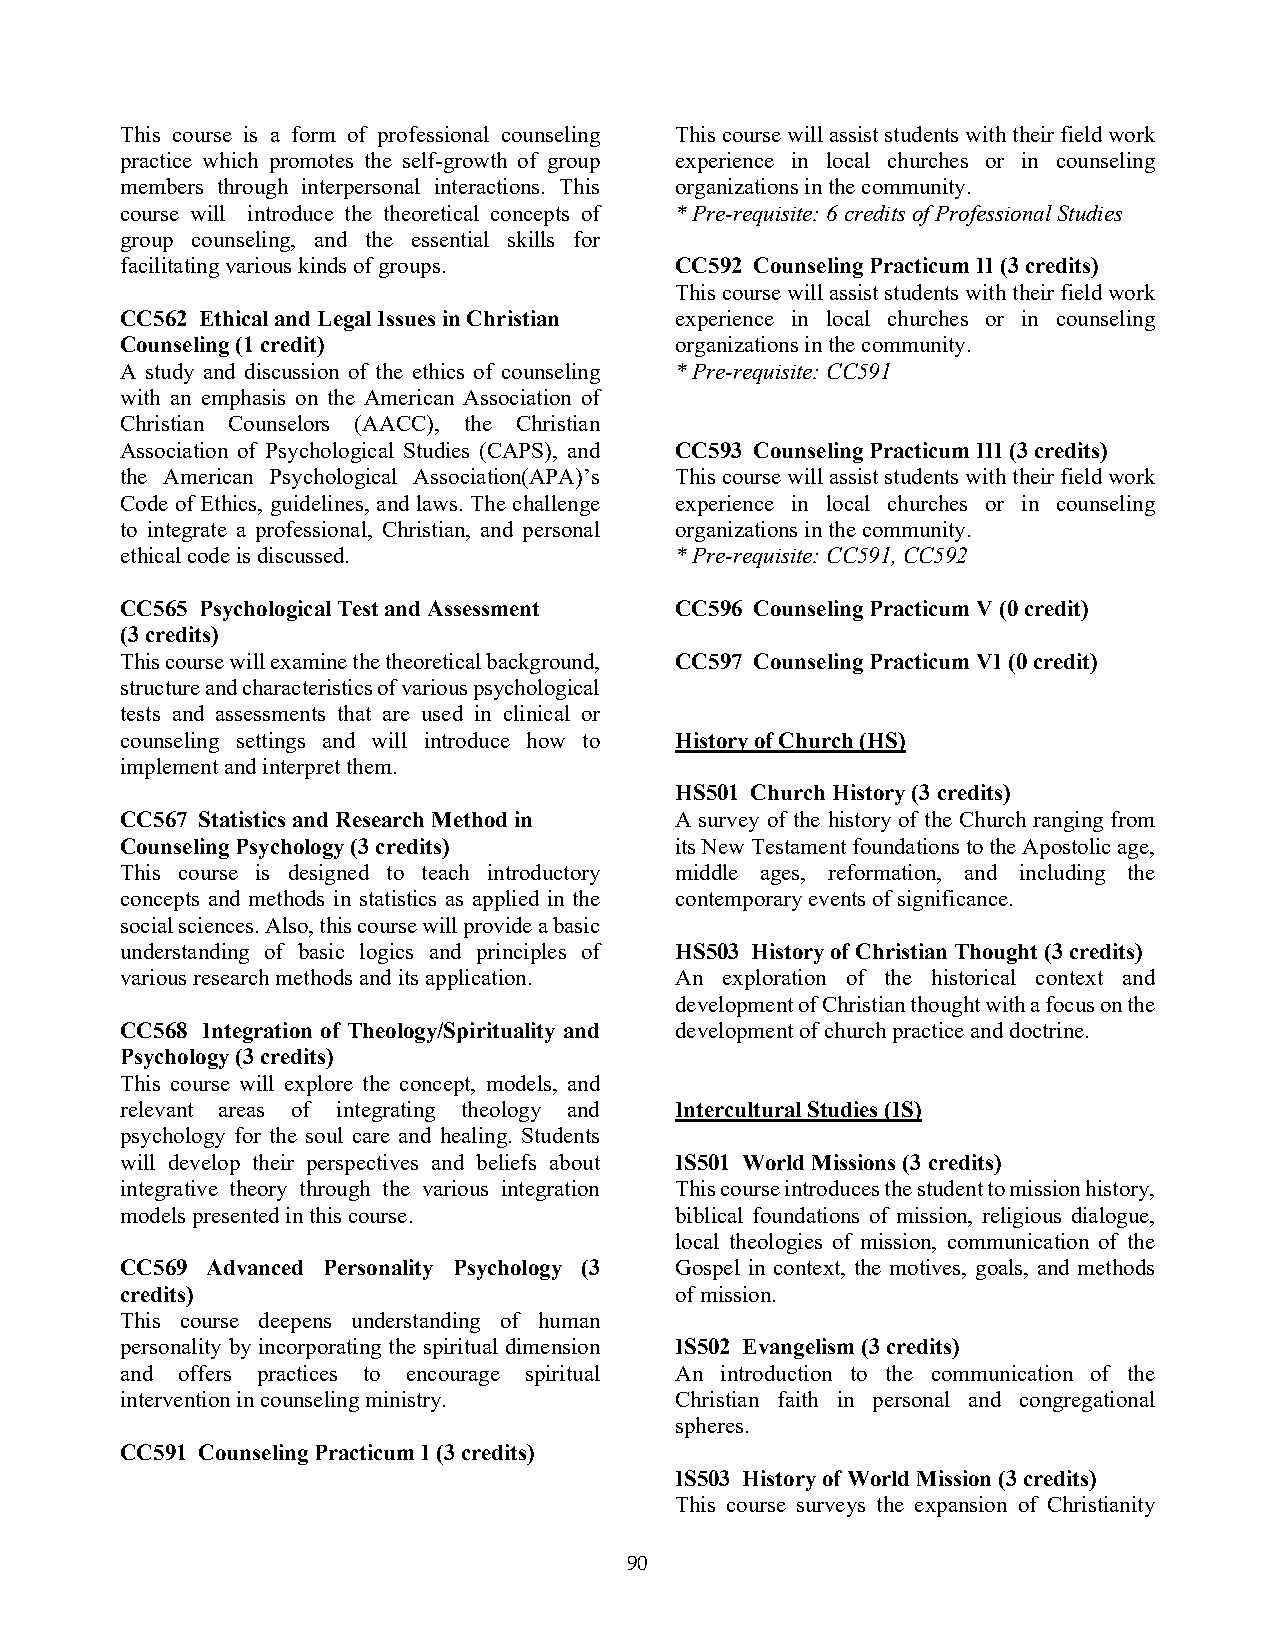
This course is a form of professional counseling This course will assist students with their field work
 practice which promotes the self-growth of group experience in local churches or in counseling
 members through interpersonal interactions. This organizations in the community.
 course will introduce the theoretical concepts of * Pre-requisite: 6 credits of Professional Studies
 group counseling, and the essential skills for
 facilitating various kinds of groups. CC592 Counseling Practicum II (3 credits)
 This course will assist students with their field work
 CC562 Ethical and Legal Issues in Christian experience in local churches or in counseling
 Counseling (1 credit)                organizations in the community.
 A study and discussion of the ethics of counseling * Pre-requisite: CC591
 with an emphasis on the American Association of
 Christian Counselors (AACC), the Christian
 Association of Psychological Studies (CAPS), and CC593 Counseling Practicum III (3 credits)
 the American Psychological Association(APA)’s This course will assist students with their field work
 Code of Ethics, guidelines, and laws. The challenge experience in local churches or in counseling
 to integrate a professional, Christian, and personal organizations in the community.
 ethical code is discussed.           * Pre-requisite: CC591, CC592
 CC565 Psychological Test and Assessment CC596 Counseling Practicum V (0 credit)
 (3 credits)
 This course will examine the theoretical background, CC597 Counseling Practicum VI (0 credit)
 structure and characteristics of various psychological
 tests and assessments that are used in clinical or
 counseling settings and will introduce how to History of Church (HS)
 implement and interpret them.
 HS501 Church History (3 credits)
 CC567 Statistics and Research Method in A survey of the history of the Church ranging from
 Counseling Psychology (3 credits)    its New Testament foundations to the Apostolic age,
 This course is designed to teach introductory middle ages, reformation, and including the
 concepts and methods in statistics as applied in the contemporary events of significance.
 social sciences. Also, this course will provide a basic
 understanding of basic logics and principles of HS503 History of Christian Thought (3 credits)
 various research methods and its application. An exploration of the historical context and
 development of Christian thought with a focus on the
 CC568 Integration of Theology/Spirituality and development of church practice and doctrine.
 Psychology (3 credits)
 This course will explore the concept, models, and
 relevant areas of integrating theology and Intercultural Studies (IS)
 psychology for the soul care and healing. Students
 will develop their perspectives and beliefs about IS501 World Missions (3 credits)
 integrative theory through the various integration This course introduces the student to mission history,
 models presented in this course.     biblical foundations of mission, religious dialogue,
 local theologies of mission, communication of the
 CC569 Advanced Personality Psychology (3 Gospel in context, the motives, goals, and methods
 credits)                             of mission.
 This course deepens understanding of human
 personality by incorporating the spiritual dimension IS502 Evangelism (3 credits)
 and offers practices to encourage spiritual An introduction to the communication of the
 intervention in counseling ministry. Christian faith in personal and congregational
 spheres.
 CC591 Counseling Practicum I (3 credits)
 IS503 History of World Mission (3 credits)
 This course surveys the expansion of Christianity
 90